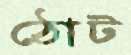
ঠোট